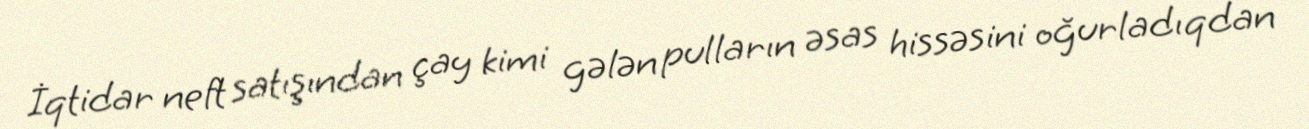
İqtidar neft satışından çay kimi gələn pulların əsas hissəsini oğurladıqdan